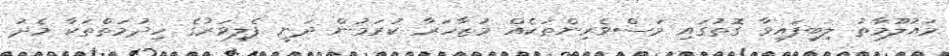
މައުލޫމާތު ލިބިފައިވާ ގޮތުގައި މަސްވެރިންތަކެއް މުޒާހަރާ ކުރަމުން ދަނީ ފެލިވަރުގެ ހިދުމަތްތަކާ މެދު